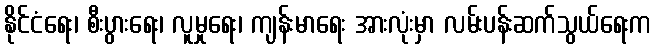
နိုင်ငံရေး၊ စီးပွားရေး၊ လူမှုရေး၊ ကျန်းမာရေး အားလုံးမှာ လမ်းပန်းဆက်သွယ်ရေးက